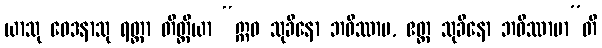
ယာသု ဝေဒနာသု ရတ္တာ တိတ္ထိယာ “ဣဓ သုခိနော ဘဝိဿာမ, ဧတ္ထ သုခိနော ဘဝိဿာမာ”တိ